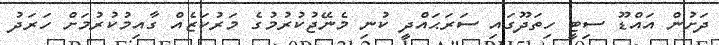
ދަށުން އައްޑޫ ސިޓީ ހިތަދޫގައި ސަރަޙައްދީ ކުނި މެނޭޖުކުރުމުގެ މަރުކަޒެއް ގާއިމުކުރުމަށް ހަރަދު